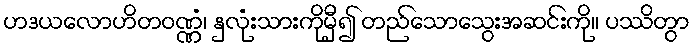
ဟဒယလောဟိတဝဏ္ဏံ၊ နှလုံးသားကိုမှီ၍ တည်သောသွေးအဆင်းကို။ ပဿိတွာ